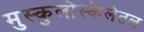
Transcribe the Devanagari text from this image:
मुस्कुलोस्केलेतल